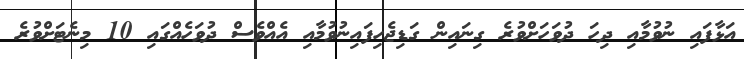
އަޅާފައި ނުވުމާއި ދިހަ ދުވަހަށްވުރެ ގިނައިން ގަޑިޖެހިފައިނުވުމާއި އެއްވެސް ދުވަހެއްގައި 10 މިނެޓަށްވުރެ